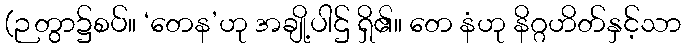
(ဉတွာ၌စပ်။ ‘တေန’ဟု အချို့ပါဌ် ရှိ၏။ တေ နံဟု နိဂ္ဂဟိတ်နှင့်သာ